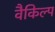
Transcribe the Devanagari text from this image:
वैकिल्प